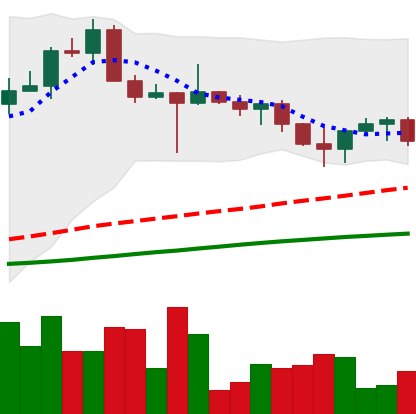
Ticker: XRP-USD
Chart end date: 2022-10-24
Forward return: 3.657%
Label: up_3_5